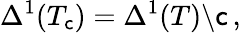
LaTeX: \Delta^{1}(T_{\mathsf{c}})=\Delta^{1}(T)\backslash\mathsf{c}\, ,